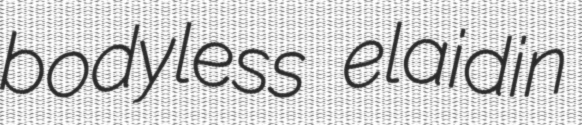
bodyless elaidin